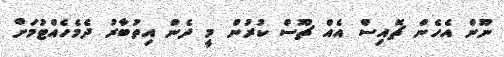
ނޫން އެހެން ޗޮއިސް އެއް ޗޫސް ކުރުން މީ ދެން އިތުބާރު ދެމެހެއްޓުމަށް